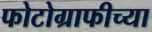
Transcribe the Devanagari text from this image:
फोटोग्राफीच्या